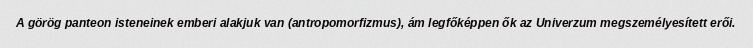
A görög panteon isteneinek emberi alakjuk van (antropomorfizmus), ám legfőképpen ők az Univerzum megszemélyesített erői.